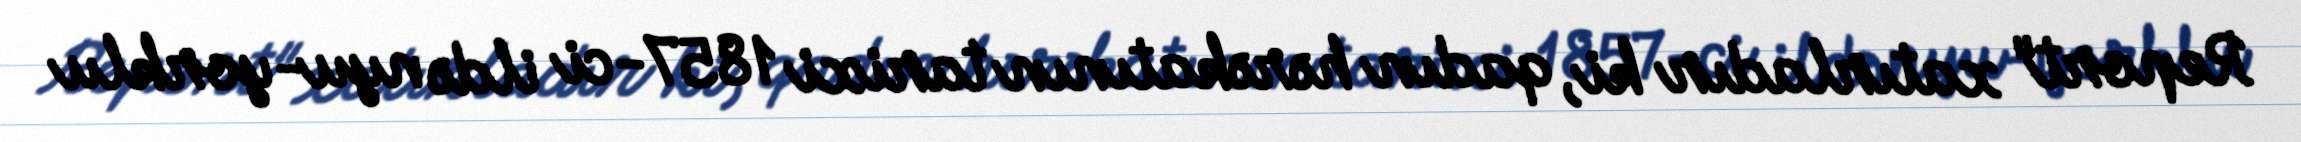
Report" xatırladır ki, qadın hərəkatının tarixi 1857-ci ildə nyu-yorklu